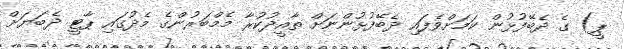
ޕީ) ގެ ދެބޭފުޅުން ކަމަށްވެފައި ދެބޭފުޅުންނަށް ތާއީދުކުރާ މެމްބަރުންގެ މެދުގައި ޕާޓީ ދެބަޔަށް